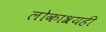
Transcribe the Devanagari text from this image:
लोकाश्रयही